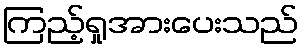
ကြည့်ရှုအားပေးသည်